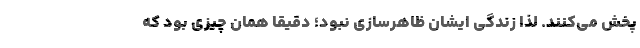
پخش می‌کنند. لذا زندگی‌ ایشان ظاهرسازی نبود؛ دقیقا همان چیزی بود که